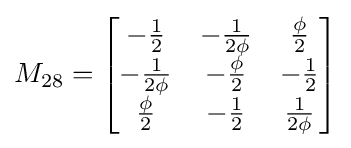
M_{28}={\begin{bmatrix}-{\frac {1}{2}}&-{\frac {1}{2\phi }}&{\frac {\phi }{2}}\\-{\frac {1}{2\phi }}&-{\frac {\phi }{2}}&-{\frac {1}{2}}\\{\frac {\phi }{2}}&-{\frac {1}{2}}&{\frac {1}{2\phi }}\end{bmatrix}}